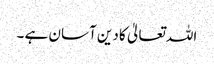
اللہ تعالیٰ کا دین آسان ہے ۔